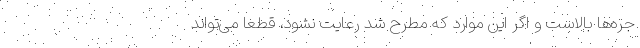
جره‌ها بالاست و اگر این موارد که مطرح شد رعایت نشود، قطعا می‌تواند